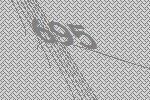
695